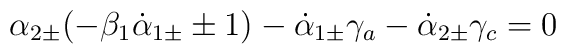
\alpha_{2\pm} (-\beta_1 \dot\alpha_{1\pm} \pm 1) - \dot\alpha_{1\pm} \gamma_a -\dot\alpha_{2\pm} \gamma_c = 0